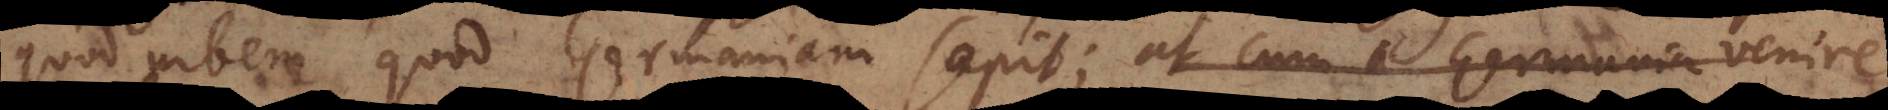
quod urbem quod [Italiam] sapit; at cum a Germania venire